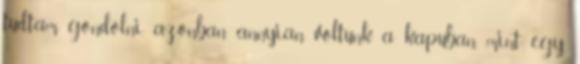
tudtam gondolni, azonban annyian voltunk a kapuban, mint egy